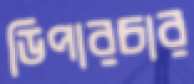
ডিপারচার